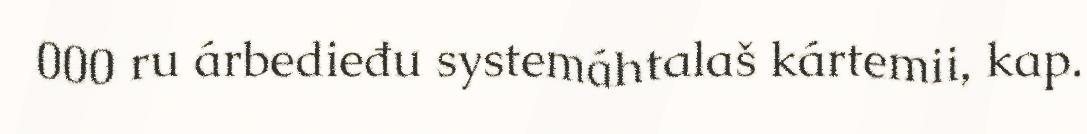
000 ru árbedieđu systemáhtalaš kártemii, kap.